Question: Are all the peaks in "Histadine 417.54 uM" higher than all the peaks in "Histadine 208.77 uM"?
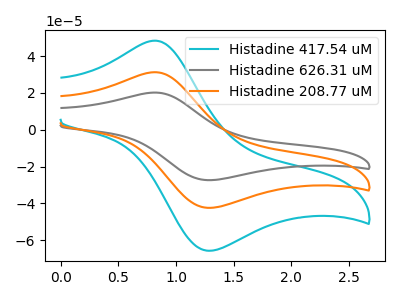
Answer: <think>The cyan curve "Histadine 417.54 uM" has an anodic peak at (0.80V, 48.35uA) and a cathodic peak at (1.25V, -65.70uA). The gray curve "Histadine 626.31 uM" has an anodic peak at (0.80V, 62.45uA) and a cathodic peak at (1.25V, -84.80uA). The orange curve "Histadine 208.77 uM" has an anodic peak at (0.80V, 31.20uA) and a cathodic peak at (1.25V, -42.40uA).</think>
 <answer>Every peak in "Histadine 417.54 uM" is higher than every peak in "Histadine 208.77 uM".</answer>
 <eval>higher</eval>